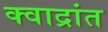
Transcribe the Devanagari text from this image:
क्वाद्रांत